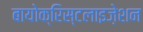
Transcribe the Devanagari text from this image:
बायोक्रिस्टलाइज़ेशन